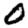
Digit: 0